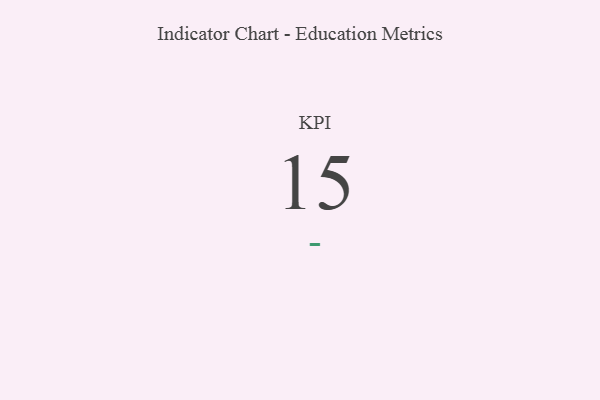
{"axis": {"x": "KPI", "y": "Value"}, "legend": [""], "data": [{"x": "KPI", "y": 15, "type": ""}]}